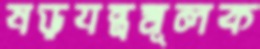
ষড়যন্ত্রমূলক